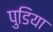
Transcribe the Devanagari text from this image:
पुडिया